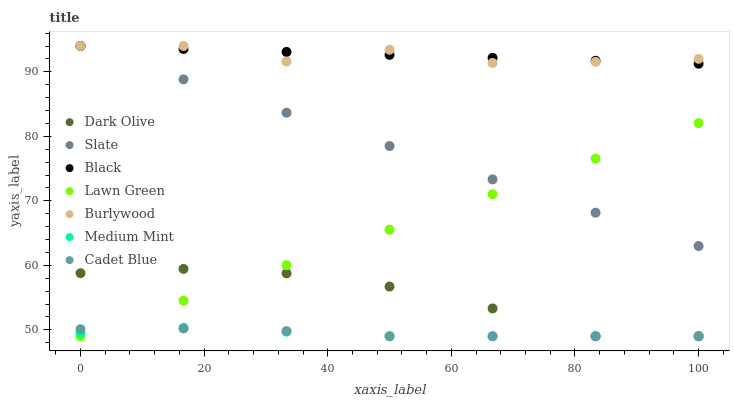
| xaxis_label | Dark Olive | Slate | Black | Lawn Green | Burlywood | Medium Mint | Cadet Blue |
 | --- | --- | --- | --- | --- | --- | --- | --- |
 | 0 | 58.8 | 94 | 94 | 49 | 94 | 49.4 | 50.1 |
 | 16.7 | 59.4 | 88.8 | 93.5 | 54.5 | 94 | 50.3 | 50.2 |
 | 33.3 | 58.8 | 83.7 | 93.1 | 60 | 91.6 | 49.7 | 49.8 |
 | 50 | 56.7 | 78.5 | 92.6 | 65.5 | 93.4 | 49 | 49 |
 | 66.7 | 53.3 | 73.3 | 92.2 | 71 | 91.4 | 49 | 49 |
 | 83.3 | 49 | 68.2 | 91.7 | 76.5 | 91.5 | 49 | 49 |
 | 100 | 49 | 63 | 91.3 | 82 | 92 | 49 | 49 |